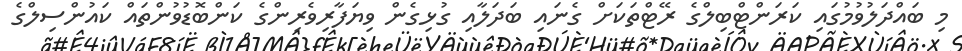
މި ބައްދަލުވުމުގައި ކަރަންޓްބިލްގެ ރޭޓްތަކަށް ގެނައި ބަދަލާއި ގުޅިގެން ވިޔަފާރިވެރިންގެ ކަންބޮޑުވުންތައް ކައުންސިލްގެ